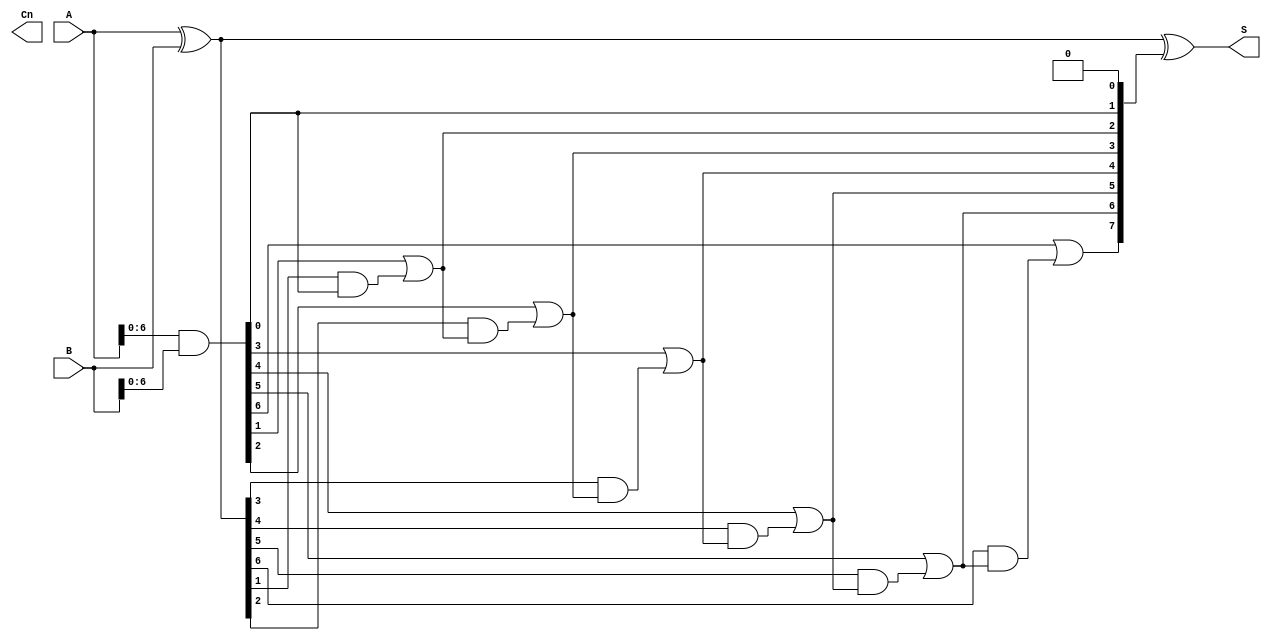
module KoggeStoneAdder #(parameter n = 8) (
    input  [n-1:0] A,  // First operand
    input  [n-1:0] B,  // Second operand
    output [n-1:0] S,  // Sum output
    output          Cn  // Carry out
);
    // Generate and Propagate signals
    wire [n-1:0] G; // Generate signals
    wire [n-1:0] P; // Propagate signals
    wire [n:0] C;   // Carry signals

    // Generate and Propagate computation
    assign G = A & B;           // G[i] = A[i] & B[i]
    assign P = A ^ B;           // P[i] = A[i] ^ B[i]

    // Carry signals computation
    assign C[0] = 1'b0; // C0 = 0

    genvar i, j;
    generate
        // Kogge-Stone prefix computation
        for (i = 0; i < n; i = i + 1) begin : carry_gen
            if (i > 0) begin
                assign C[i] = G[i-1] | (P[i-1] & C[i-1]);
            end
        end
    endgenerate

    // Sum computation
    assign Cn = C[n]; // Carry out
    assign S = P ^ C[n-1:0]; // S[i] = P[i] ^ C[i-1]

endmodule